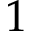
1